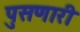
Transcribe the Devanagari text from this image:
पुसणारी